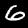
Label: 6